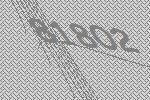
81802